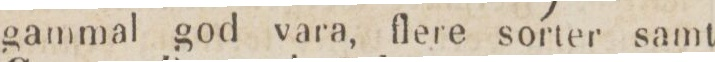
gammal god vara, flere sorter samt